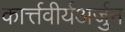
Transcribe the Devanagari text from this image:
कार्त्तवीर्यअर्जुन